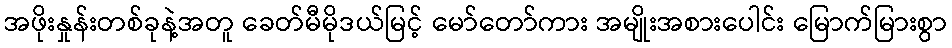
အဖိုးနှုန်းတစ်ခုနဲ့အတူ ခေတ်မီမိုဒယ်မြင့် မော်တော်ကား အမျိုးအစားပေါင်း မြောက်မြားစွာ